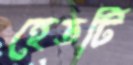
হেডটি